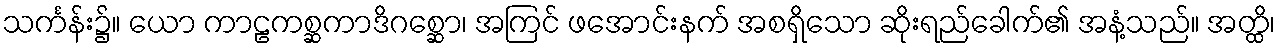
သင်္ကန်း၌။ ယော ကာဠကစ္ဆကာဒိဂစ္ဆော၊ အကြင် ဖအောင်းနက် အစရှိသော ဆိုးရည်ခေါက်၏ အနံ့သည်။ အတ္ထိ၊